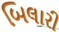
બિલારી